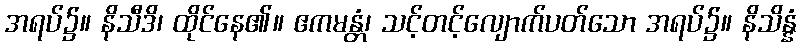
အရပ်၌။ နိသီဒိ၊ ထိုင်နေ၏။ ဧကမန္တံ၊ သင့်တင့်လျောက်ပတ်သော အရပ်၌။ နိသိန္နံ